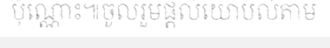
ប៉ុណ្ណោះ៕ចូលរួមផ្តល់យោបល់តាម